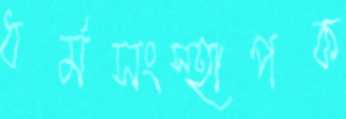
ধর্মসংস্হাপক